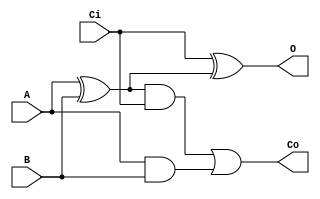
module add1 (A,B,Ci,O,Co);

input A,B,Ci;
output O,Co;
wire x1,a1,a2;

xor xor1 (x1,A,B);
xor xor2 (O,Ci,x1);

and and1 (a1,x1,Ci);
and and2(a2,A,B);
or  or1	(Co,a1,a2);



endmodule